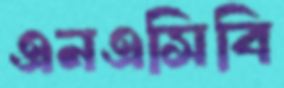
এনএসিবি